Indian journal of veterinary science and animal husbandry - Volumes 22-23, 1952-1953
Year: 1952
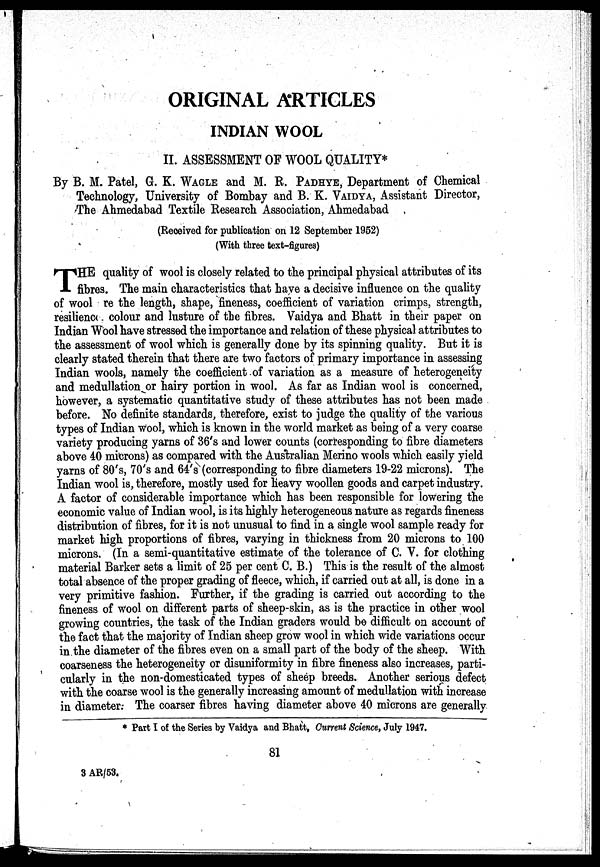
ORIGINAL ARTICLES
INDIAN WOOL
II. ASSESSMENT OF WOOL QUALITY*
By B. M. Patel, G. K. WAGLE and M. R. PADHYE, Department of Chemical
Technology, University of Bombay and B. K. VAIDYA, Assistant Director,
The Ahmedabad Textile Research Association, Ahmedabad
(Received for publication on 12 September 1952)
(With three text-figures)
T HE quality of wool is closely related to the principal physical attributes of its
fibres. The main characteristics that have a decisive influence on the quality
of wool re the length, shape, fineness, coefficient of variation crimps, strength,
resilience colour and lusture of the fibres. Vaidya and Bhatt in their paper on
Indian Wool have stressed the importance and relation of these physical attributes to
the assessment of wool which is generally done by its spinning quality. But it is
clearly stated therein that there are two factors of primary importance in assessing
Indian wools, namely the coefficient of variation as a measure of heterogeneity
and medullation or hairy portion in wool. As far as Indian wool is concerned,
however, a systematic quantitative study of these attributes has not been made
before. No definite standards, therefore, exist to judge the quality of the various
types of Indian wool, which is known in the world market as being of a very coarse
variety producing yarns of 36's and lower counts (corresponding to fibre diameters
above 40 microns) as compared with the Australian Merino wools which easily yield
yarns of 80's, 70's and 64's (corresponding to fibre diameters 19-22 microns). The
Indian wool is, therefore, mostly used for heavy woollen goods and carpet industry.
A factor of considerable importance which has been responsible for lowering the
economic value of Indian wool, is its highly heterogeneous nature as regards fineness
distribution of fibres, for it is not unusual to find in a single wool sample ready for
market high proportions of fibres, varying in thickness from 20 microns to 100
microns. (In a semi-quantitative estimate of the tolerance of C. V. for clothing
material Barker sets a limit of 25 per cent C. B.) This is the result of the almost
total absence of the proper grading of fleece, which, if carried out at all, is done in a
very primitive fashion. Further, if the grading is carried out according to the
fineness of wool on different parts of sheep-skin, as is the practice in other wool
growing countries, the task of the Indian graders would be difficult on account of
the fact that the majority of Indian sheep grow wool in which wide variations occur
in the diameter of the fibres even on a small part of the body of the sheep. With
coarseness the heterogeneity or disuniformity in fibre fineness also increases, parti-
cularly in the non-domesticated types of sheep breeds. Another serious defect
with the coarse wool is the generally increasing amount of medullation with increase
in diameter: The coarser fibres having diameter above 40 microns are generally
* Part I of the Series by Vaidya and Bhatt, Current Science, July 1947.
81
3 AR/53.